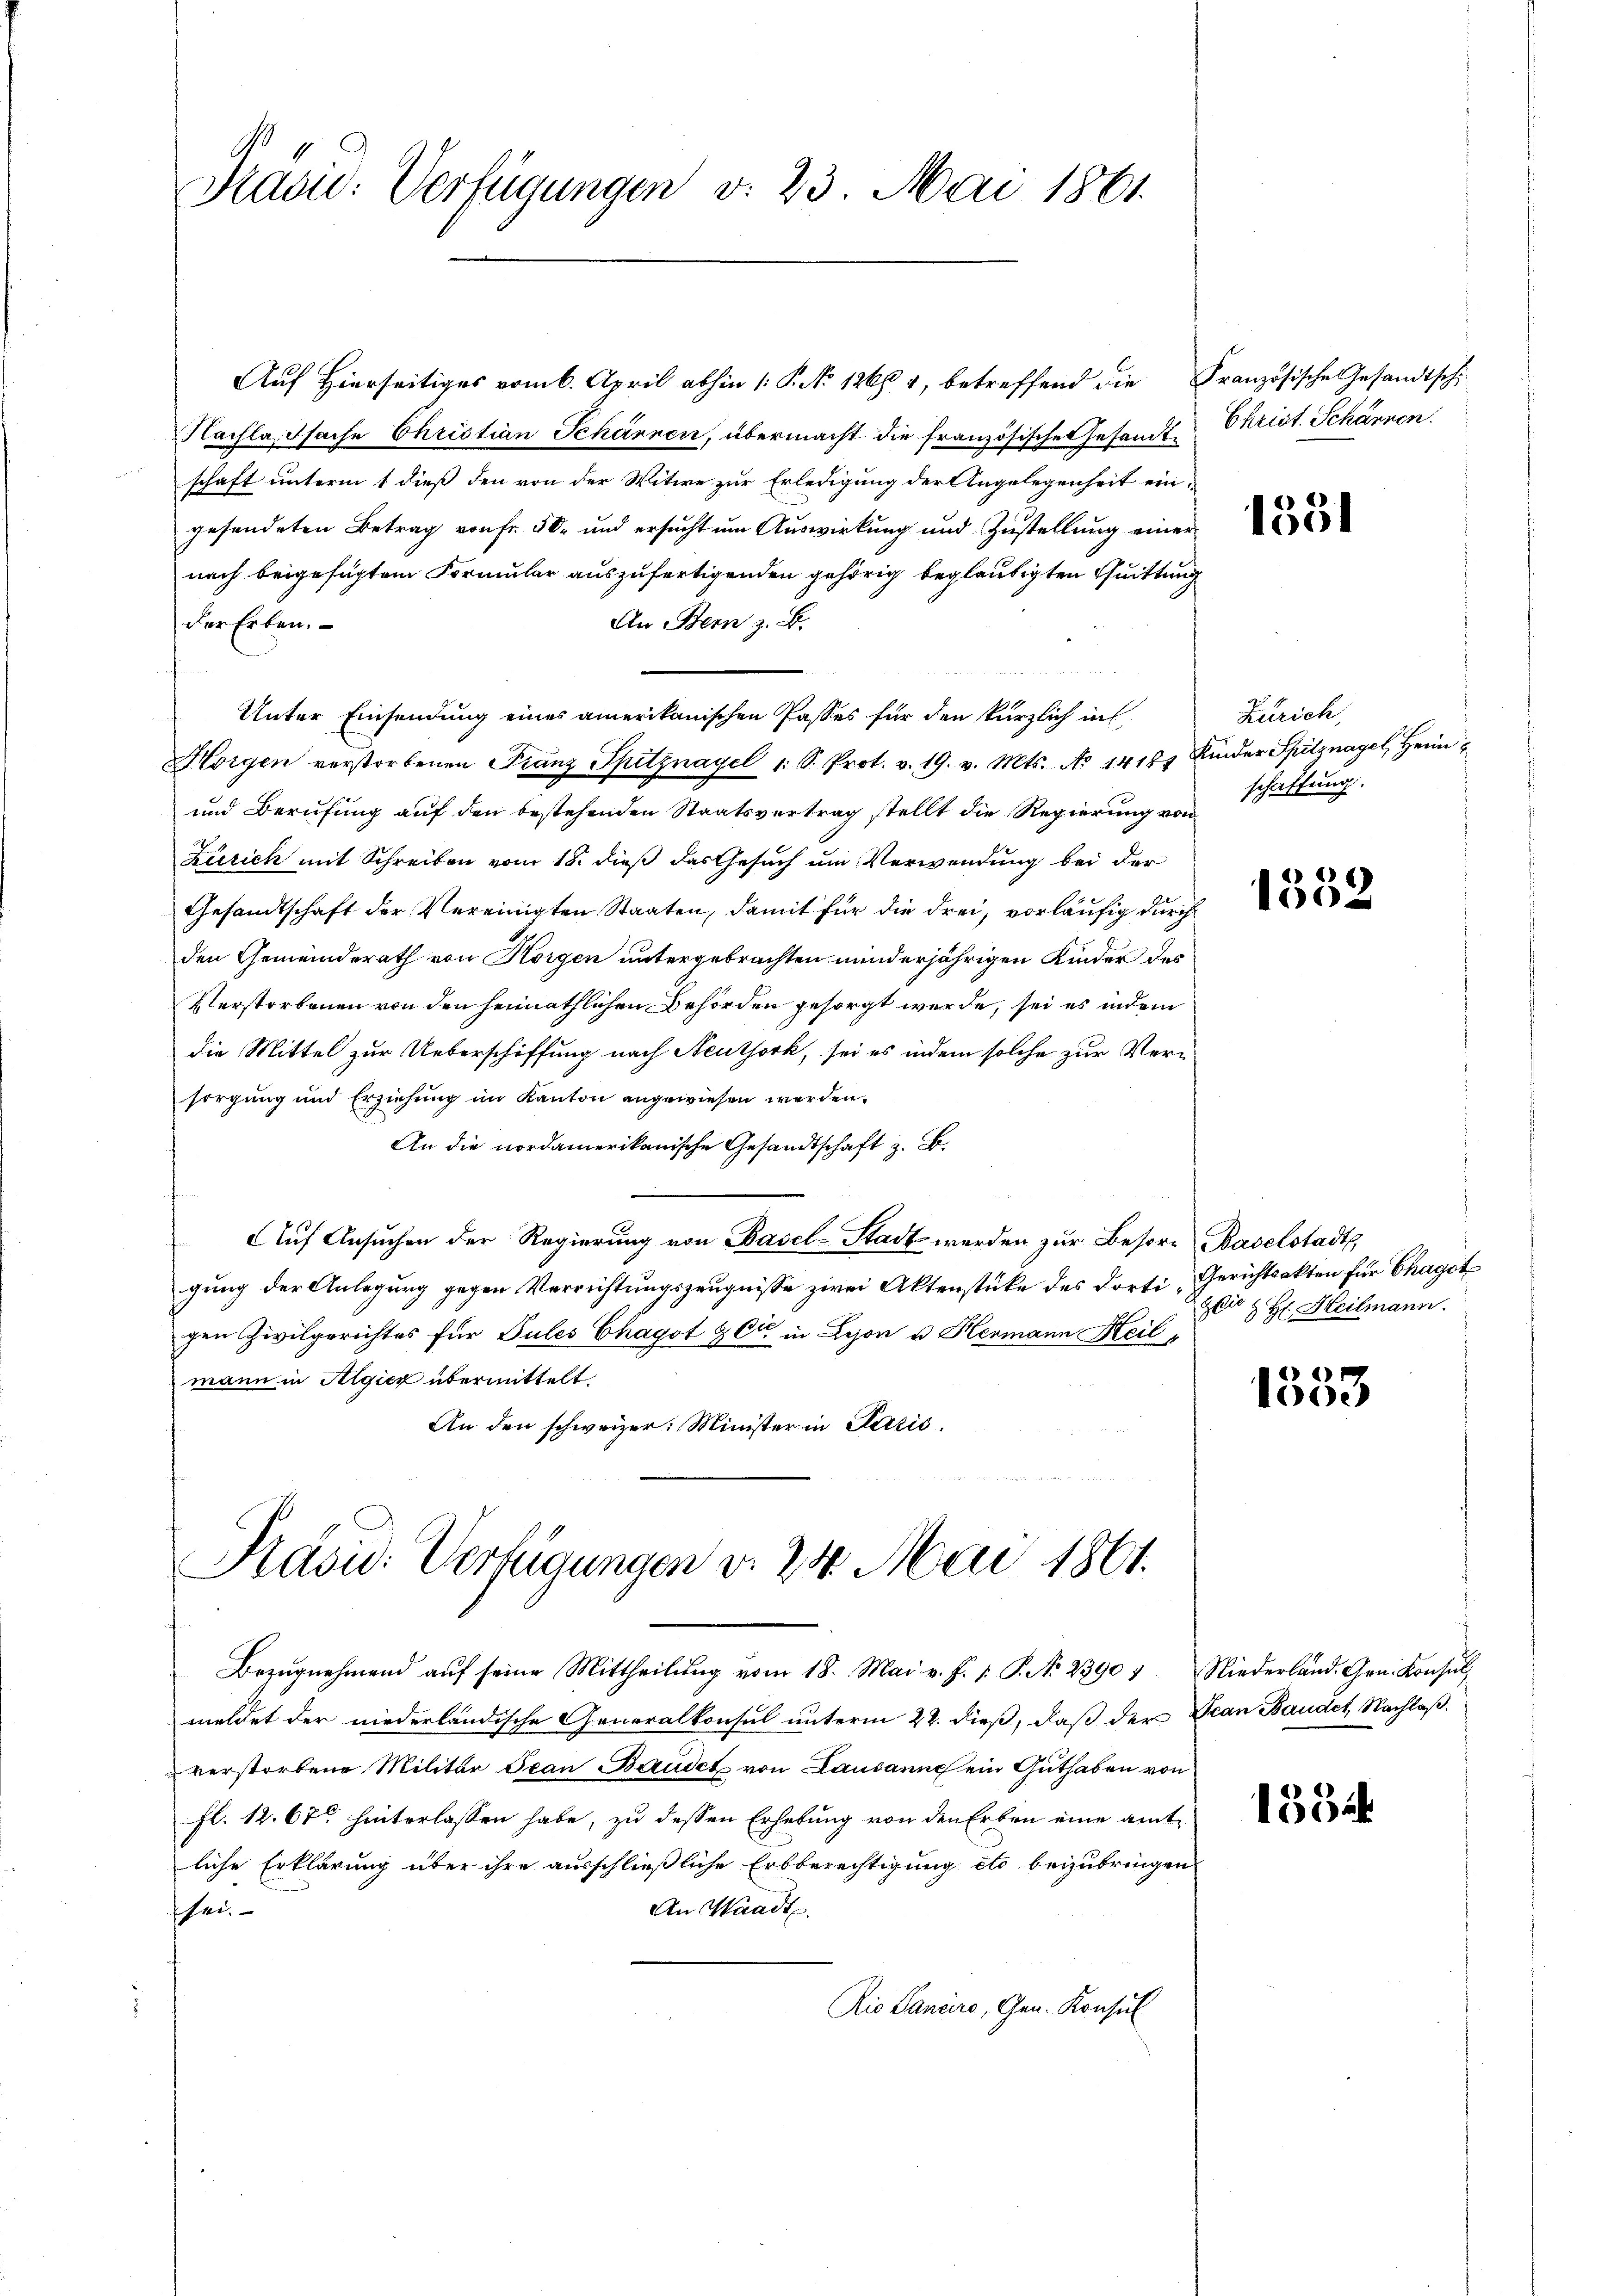
Kavio: Verfügungen v. 23. Mai 1861.

Auf Hierseitiges vom 6. April abhin 1. P. No 1266 1, betreffend die Französische Gesandtsch
Nachlafsache Christian Scharnen, übermacht die französische Gesandt Christ. Schärren
schaft unterm 1 dieß den von der Witwe zur Erledigung der Angelegenheit eingesendeten Betrag von fr. 50 und ersucht um Auswirkung und Zustellung einer
nach beigefügtem Formular auszufertigenden gehörig beglaubigten Quittung
An Bern z. B.
der Erben.
un
Unter Einsendung eines amerikanischen Passes für den kürzlich in
Horgen verstorbenen Franz Spitznagel 1 S. Prot. v. 19. v. Mts. No 1418 Kinder Spitznagel, Heim
und Berufung auf den bestehenden Staatsvertrag stellt die Regierung von schaftung.
Zürich mit Schreiben vom 18. dieß das Gesuch um Verwendung bei der
Gesandtschaft der Vereinigten Staaten, damit für die drei, vorläufig durch
den Gemeinderath von Horgen untergebrachten minderjährigen Kinder des
Verstorbenen von den heimathlichen Behörden gesorgt werde, sei es indem
die Mittel zur Ueberschiffung nach Neuthork, sei es indem solche zur Versorgung und Erziehung im Kanton angewiesen werden.
An die nordamerikanische Gesandtschaft z. B.
Auf Ansuchen der Regierung von Basel-Stadt werden zur Besorg Baselstadt,
gung der Anlegung gegen Verrichtungszeugnisse zwei Aktenstüke des dorti Gerichtsakten für Chagot
Gyli
gen Zivilgerichtes für Pules Chagot & Cie in Lyon u. Hermann Heil,
mann in Algien übermittelt.
An den schweizer. Minister in Pazić

Präsid. Verfügungen d. 24. Mai 1861.

Bezŭgnehmend aŭf seine Mittheilŭng vom 18. Mai v. J. P. P. N. 2390 4 Niederland. Gen. Konsŭl
meldet der niederländische Generalkonsul unterm 22. dieß, daß der Jean Baudet, Nachlaß
verstorbene Militär Ivan Baudet von Lausanne ein Guthaben von
fl. 12. 67 hinterlassen habe, zu dessen Erhebung von den Erben eine amtliche Erklärung über ihre ausschließliche Erbberechtigung etc beizubringen
An Waadt.
sei.
Rio Candire, Gen. Konsul

1551

Zürich,

1352

2
 H. Heilmann.

)
ode

1534